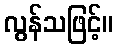
လွန်သဖြင့်။